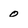
Character: 0